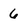
Character: 6